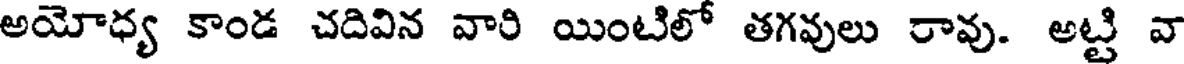
అయోధ్య కాండ చదివిన వారి యింటిలో తగవులు రావు. అట్టి వా